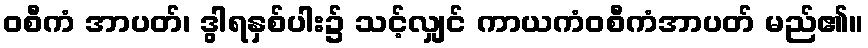
ဝစီကံ အာပတ်၊ ဒွါရနှစ်ပါး၌ သင့်လျှင် ကာယကံဝစီကံအာပတ် မည်၏။